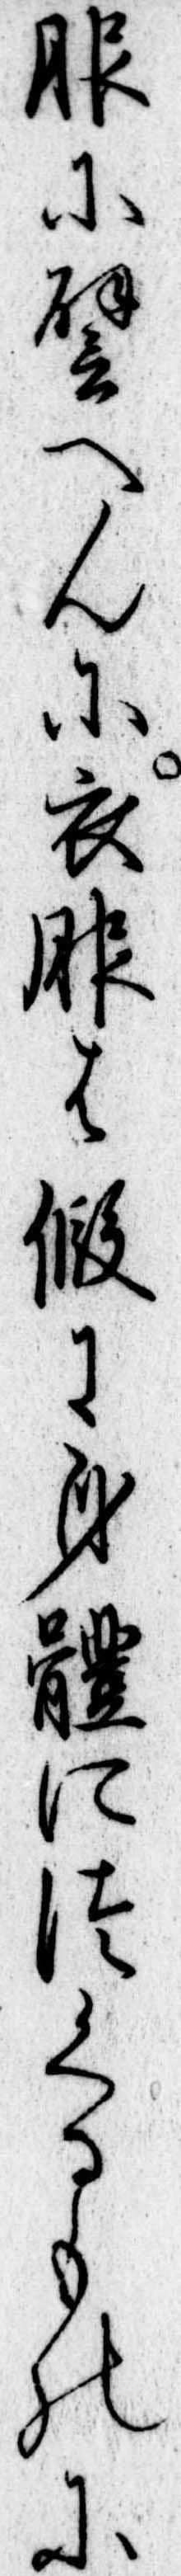
服に譬へんに衣服は仮に身体につくるものに